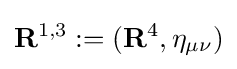
\mathbf {R} ^{1,3}:=(\mathbf {R} ^{4},\eta _{\mu \nu })